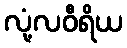
လုံ့လဝီရိယ